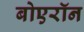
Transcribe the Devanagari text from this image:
बोएरॉन